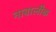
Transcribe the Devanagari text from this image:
नाबालीक